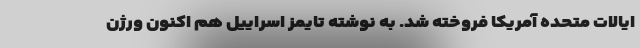
ایالات متحده آمریکا فروخته شد. به نوشته تایمز اسراییل هم اکنون ورژن